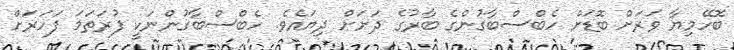
ބޮހޭމިޔާ ވަރަށް ބޮޑަށް ހެބްސްބާގުންގެ ބާރުގެ ދަށަށް ދިޔައެވެ. ހެބްސްބާގުންނަކީ ފުރަތަމަ ފަހަރަށް